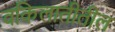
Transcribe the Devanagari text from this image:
वकिलातीतील